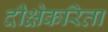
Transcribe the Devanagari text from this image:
दीक्षेकरिता